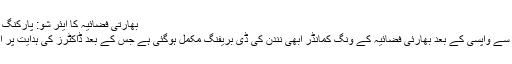
بھارتی فضائیہ کا ایئر شو: پارکنگ میں کھڑی 300 گاڑیاں خاکستر
بھارتی میڈیا کے مطابق پاکستان سے واپسی کے بعد بھارئی فضائیہ کے ونگ کمانڈر ابھی نندن کی ڈی بریفنگ مکمل ہوگئی ہے جس کے بعد ڈاکٹرز کی ہدایت پر انہیں رخصت پر بھیج دیا گیا ہے۔